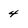
Character: 4